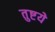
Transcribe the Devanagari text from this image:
तुष्टये